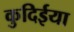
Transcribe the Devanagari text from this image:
कुदिईया